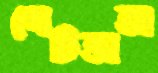
পেটভাতা